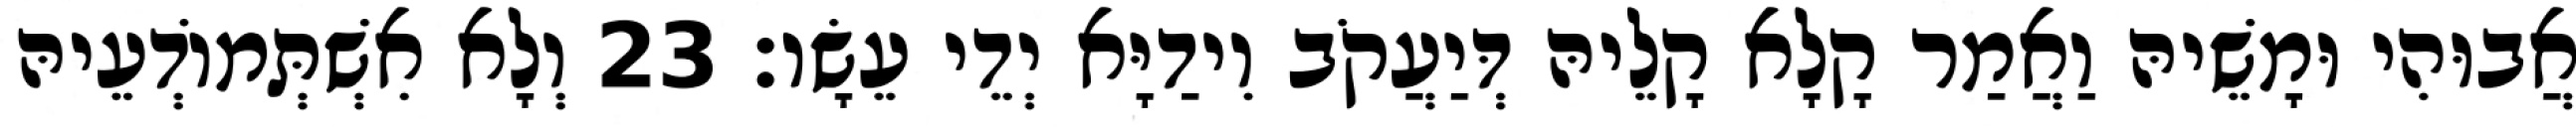
אֲבוּהִי וּמָשֵׁיהּ וַאֲמַר קָלָא קָלֵיהּ דְּיַעֲקֹב וִידַיָּא יְדֵי עֵשָׂו׃ 23 וְלָא אִשְׁתְּמוֹדְעֵיהּ